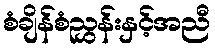
စံချိန်စံညွှန်းနှင့်အညီ